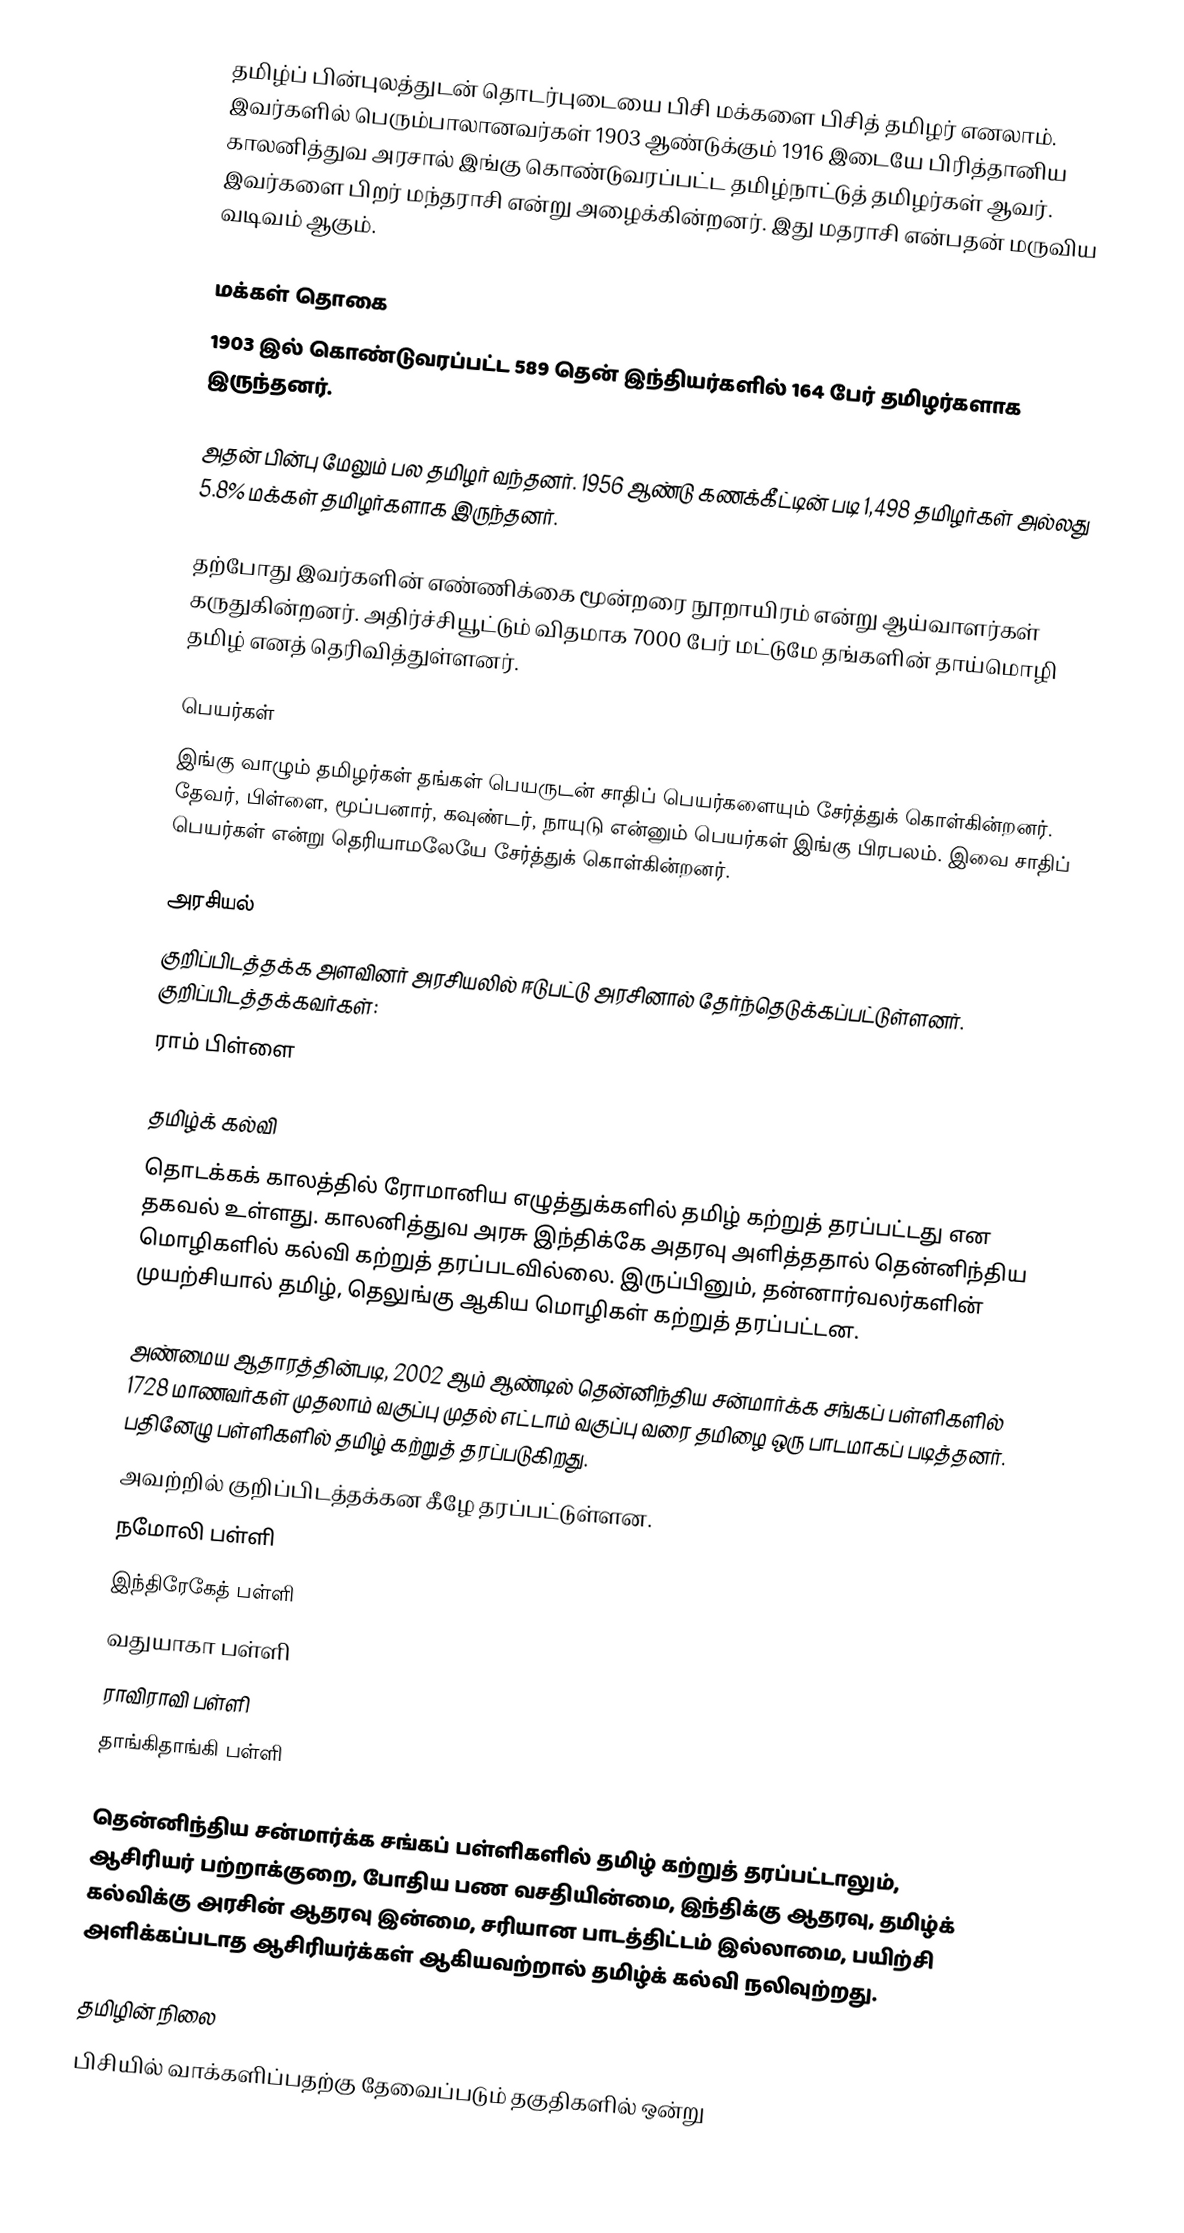
தமிழ்ப் பின்புலத்துடன் தொடர்புடையை பிசி மக்களை பிசித் தமிழர் எனலாம். இவர்களில் பெரும்பாலானவர்கள் 1903 ஆண்டுக்கும் 1916 இடையே பிரித்தானிய காலனித்துவ அரசால் இங்கு கொண்டுவரப்பட்ட தமிழ்நாட்டுத் தமிழர்கள் ஆவர். இவர்களை பிறர் மந்தராசி என்று அழைக்கின்றனர். இது மதராசி என்பதன் மருவிய வடிவம் ஆகும்.

மக்கள் தொகை
1903 இல் கொண்டுவரப்பட்ட 589 தென் இந்தியர்களில் 164 பேர் தமிழர்களாக இருந்தனர்.

அதன் பின்பு மேலும் பல தமிழர் வந்தனர். 1956 ஆண்டு கணக்கீட்டின் படி 1,498 தமிழர்கள் அல்லது 5.8% மக்கள் தமிழர்களாக இருந்தனர்.

தற்போது இவர்களின் எண்ணிக்கை மூன்றரை நூறாயிரம் என்று ஆய்வாளர்கள் கருதுகின்றனர். அதிர்ச்சியூட்டும் விதமாக 7000 பேர் மட்டுமே தங்களின் தாய்மொழி தமிழ் எனத் தெரிவித்துள்ளனர்.

பெயர்கள்
இங்கு வாழும் தமிழர்கள் தங்கள் பெயருடன் சாதிப் பெயர்களையும் சேர்த்துக் கொள்கின்றனர். தேவர், பிள்ளை, மூப்பனார், கவுண்டர், நாயுடு என்னும் பெயர்கள் இங்கு பிரபலம். இவை சாதிப் பெயர்கள் என்று தெரியாமலேயே சேர்த்துக் கொள்கின்றனர்.

அரசியல்
குறிப்பிடத்தக்க அளவினர் அரசியலில் ஈடுபட்டு அரசினால் தேர்ந்தெடுக்கப்பட்டுள்ளனர். குறிப்பிடத்தக்கவர்கள்:
 ராம் பிள்ளை

தமிழ்க் கல்வி
தொடக்கக் காலத்தில் ரோமானிய எழுத்துக்களில் தமிழ் கற்றுத் தரப்பட்டது என தகவல் உள்ளது. காலனித்துவ அரசு இந்திக்கே அதரவு அளித்ததால் தென்னிந்திய மொழிகளில் கல்வி கற்றுத் தரப்படவில்லை. இருப்பினும், தன்னார்வலர்களின் முயற்சியால் தமிழ், தெலுங்கு ஆகிய மொழிகள் கற்றுத் தரப்பட்டன.

அண்மைய ஆதாரத்தின்படி, 2002 ஆம் ஆண்டில் தென்னிந்திய சன்மார்க்க சங்கப் பள்ளிகளில் 1728 மாணவர்கள் முதலாம் வகுப்பு முதல் எட்டாம் வகுப்பு வரை தமிழை ஒரு பாடமாகப் படித்தனர். பதினேழு பள்ளிகளில் தமிழ் கற்றுத் தரப்படுகிறது.
அவற்றில் குறிப்பிடத்தக்கன கீழே தரப்பட்டுள்ளன.
 நமோலி பள்ளி
 இந்திரேகேத் பள்ளி
 வதுயாகா பள்ளி
 ராவிராவி பள்ளி
 தாங்கிதாங்கி பள்ளி

தென்னிந்திய சன்மார்க்க சங்கப் பள்ளிகளில் தமிழ் கற்றுத் தரப்பட்டாலும், ஆசிரியர் பற்றாக்குறை, போதிய பண வசதியின்மை, இந்திக்கு ஆதரவு, தமிழ்க் கல்விக்கு அரசின் ஆதரவு இன்மை, சரியான பாடத்திட்டம் இல்லாமை, பயிற்சி அளிக்கப்படாத ஆசிரியர்க்கள் ஆகியவற்றால் தமிழ்க் கல்வி நலிவுற்றது.

தமிழின் நிலை
பிசியில் வாக்களிப்பதற்கு தேவைப்படும் தகுதிகளில் ஒன்று